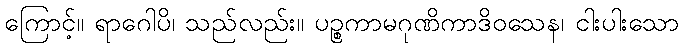
ကြောင့်။ ရာဂေါပိ၊ သည်လည်း။ ပဉ္စကာမဂုဏိကာဒိဝသေန၊ ငါးပါးသော